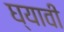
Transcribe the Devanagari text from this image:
घ्‍यावी